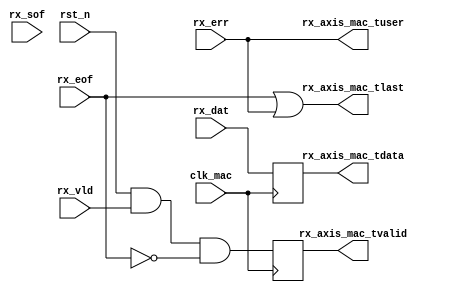
`timescale 1 ns / 1 ps

module rx_axis_adapter
(
	input            clk_mac,
	input            rst_n,
	
	input            rx_vld,
	input [7:0]      rx_dat,
	input            rx_sof,
	input            rx_eof,
	input            rx_err,
	
	output reg [7:0] rx_axis_mac_tdata,
	output reg       rx_axis_mac_tvalid,
	output           rx_axis_mac_tlast,
	output           rx_axis_mac_tuser
);

	always @(posedge clk_mac) begin
		rx_axis_mac_tvalid <= rst_n && rx_vld && !rx_eof;
		rx_axis_mac_tdata  <= rx_dat;
	end
	
	assign rx_axis_mac_tlast = rx_eof || rx_err;
	assign rx_axis_mac_tuser = rx_err;

endmodule